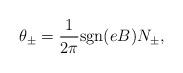
LaTeX: \begin{align*}\theta_\pm = \frac{1}{2 \pi} {\rm sgn}(eB) N_\pm ,\end{align*}